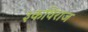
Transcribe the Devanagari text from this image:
३कविराज